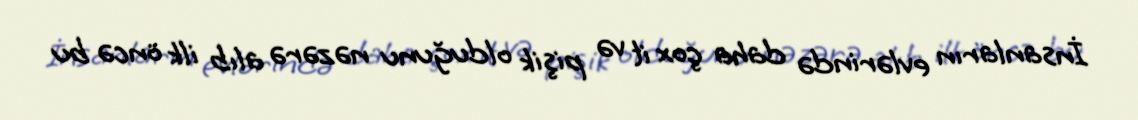
İnsanların evlərində daha çox it və pişik olduğunu nəzərə alıb ilk öncə bu